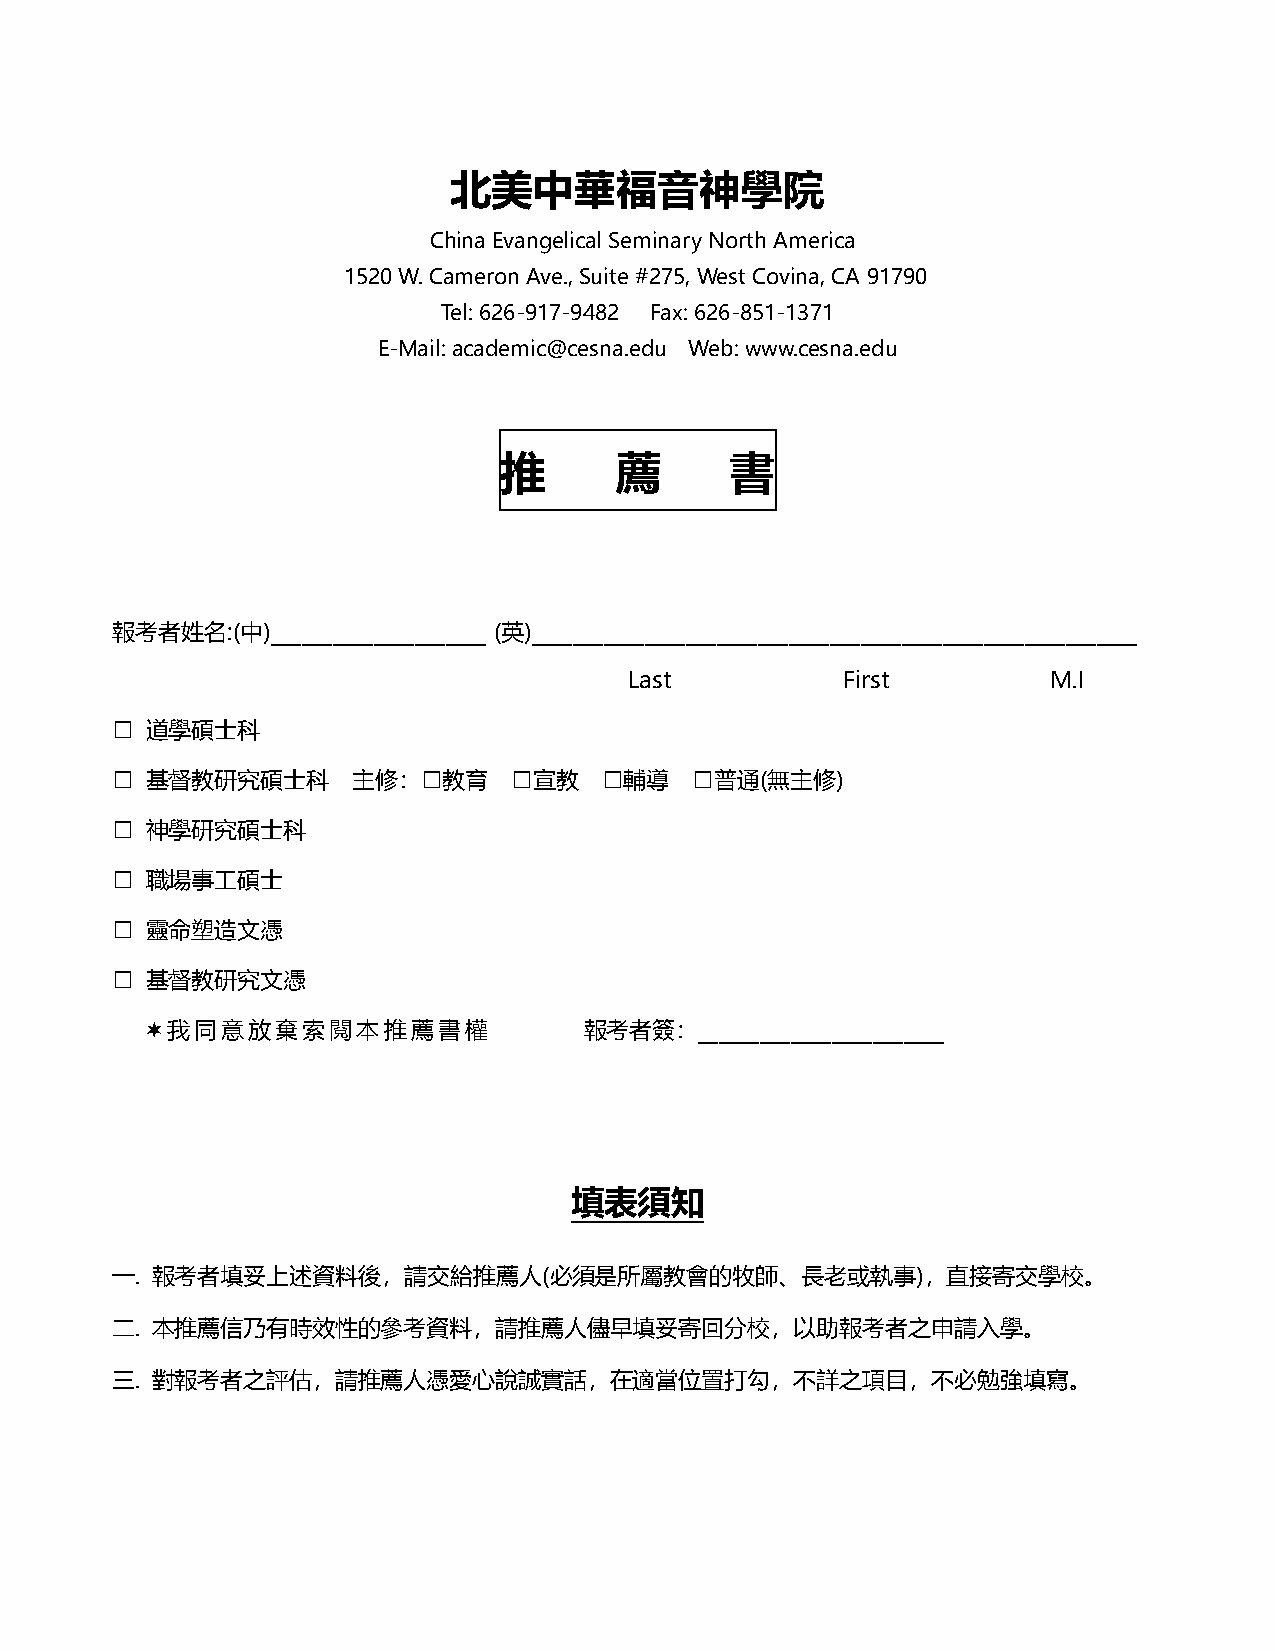
北美中華福音神學院
 China Evangelical Seminary North America
 1520 W. Cameron Ave., Suite #275, West Covina, CA 91790
 Tel: 626-917-9482 Fax: 626-851-1371
 E-Mail: academic@cesna.edu Web: www.cesna.edu
 推      薦       書
 報考者姓名:(中)_____________________ (英)___________________________________________________________
 Last          First         M.I
 □
 道學碩士科
 □                    □     □     □     □
 基督教研究碩士科     主修：   教育    宣教    輔導    普通(無主修)
 □
 神學研究碩士科
 □
 職場事工碩士
 □
 靈命塑造文憑
 □
 基督教研究文憑
 ¬ 我同意放棄索閱本推薦書權               報考者簽：________________________
 填表須知
 一. 報考者填妥上述資料後，請交給推薦人(必須是所屬教會的牧師、長老或執事)，直接寄交學校。
 二. 本推薦信乃有時效性的參考資料，請推薦人儘早填妥寄回分校，以助報考者之申請入學。
 三. 對報考者之評估，請推薦人憑愛心說誠實話，在適當位置打勾，不詳之項目，不必勉強填寫。